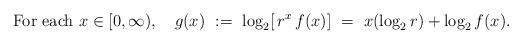
LaTeX: \begin{align*} {\rm For\ each}\ x \in [0,\infty),\ \ \ g(x)\ :=\ \log_2 [\, r^x\, f(x)]\ =\ x (\log_2 r) + \log_2 f(x).\end{align*}